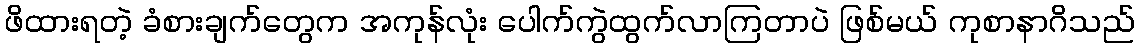
ဖိထားရတဲ့ ခံစားချက်တွေက အကုန်လုံး ပေါက်ကွဲထွက်လာကြတာပဲ ဖြစ်မယ် ကုစာနာဂိသည်